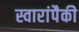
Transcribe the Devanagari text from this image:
स्वारांपैकी